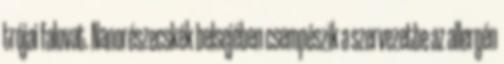
trójai falovat. Nanorészecskék belsejében csempészik a szervezetbe az allergén